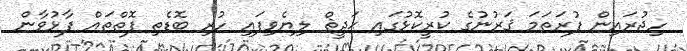
ހިޖުރައިން ފުރަތަމަ ޤަރުނުގެ ކުރީކޮޅުގައި ޙަދީޘް ލިޔެވިފައި ހުރި ބޮޑެތި ފޮތްތައް ފާޅުވާން